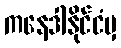
ကနေဒါနိုင်ငံမှ